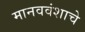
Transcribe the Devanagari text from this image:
मानववंशाचे